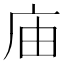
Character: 庙